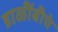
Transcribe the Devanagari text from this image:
डाळींबीचे